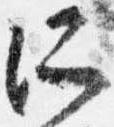
所